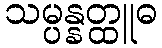
သမ္ပန္နတ္ထူဓ